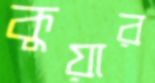
কুয়ার